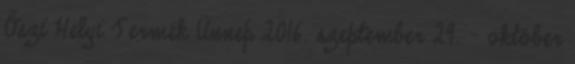
Őszi Helyi Termék Ünnep 2016. szeptember 29. – október